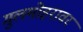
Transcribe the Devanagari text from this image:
गुलमोहरावर